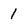
Character: 1